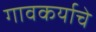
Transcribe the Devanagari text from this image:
गावकर्याचे